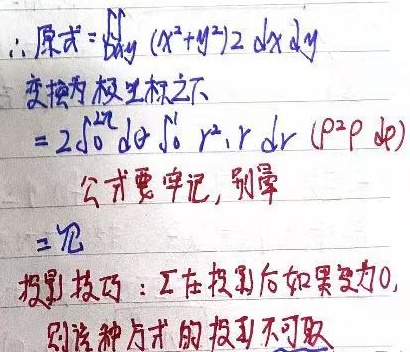
$\therefore$ 原式$=\iint\limits_{D} (x^{2}+y^{2})2\ dx\ dy$

变换为极坐标之下：

$=2\int_{0}^{2\pi} d\theta\int_{0}^{1} r^{2}\cdot r\ dr\ (\rho^{2}\rho\ d\rho)$

公式要牢记，别晕。

$= \pi$

投影技巧：工在投影后如果变为$0$，则这种方式的投影不可取。